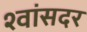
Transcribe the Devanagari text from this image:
श्वांसदर